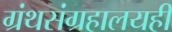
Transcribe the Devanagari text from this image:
ग्रंथसंग्रहालयही